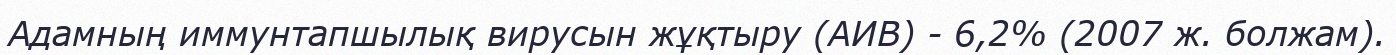
Адамның иммунтапшылық вирусын жұқтыру (АИВ) - 6,2% (2007 ж. болжам).